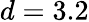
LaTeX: d=3.2